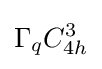
\Gamma _{q}C_{4h}^{3}